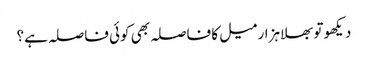
دیکھو تو بھلا ہزار میل کا فاصلہ بھی کوئی فاصلہ ہے؟